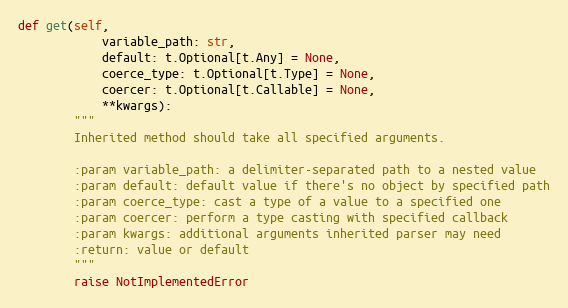
Language: Python
def get(self,
            variable_path: str,
            default: t.Optional[t.Any] = None,
            coerce_type: t.Optional[t.Type] = None,
            coercer: t.Optional[t.Callable] = None,
            **kwargs):
        """
        Inherited method should take all specified arguments.

        :param variable_path: a delimiter-separated path to a nested value
        :param default: default value if there's no object by specified path
        :param coerce_type: cast a type of a value to a specified one
        :param coercer: perform a type casting with specified callback
        :param kwargs: additional arguments inherited parser may need
        :return: value or default
        """
        raise NotImplementedError